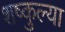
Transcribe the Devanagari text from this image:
शष्कुल्या